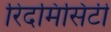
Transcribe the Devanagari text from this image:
रिदमिसिटी